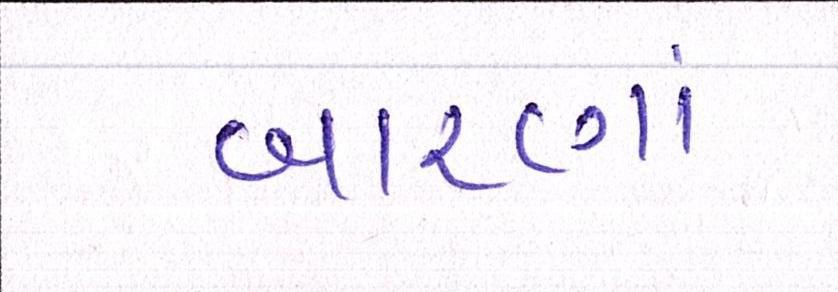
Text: બારણાં